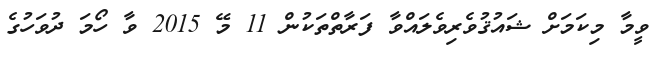
ވީމާ މިކަމަށް ޝައުޤުވެރިވެލައްވާ ފަރާތްތަކުން 11 މޭ 2015 ވާ ހޯމަ ދުވަހުގެ